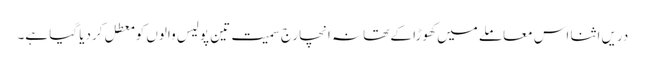
دریں اثنا اس معاملے میں کھوڑا کے تھانہ انچارج سمیت تین پولیس والوں کو معطل کردیا گیا ہے۔